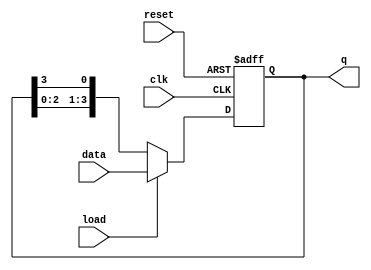
module LoadableRingCounter (
    input wire clk,       // Clock input
    input wire reset,     // Asynchronous reset
    input wire load,      // Load input
    input wire [n-1:0] data, // Data input for loading
    output reg [n-1:0] q   // Output state of the ring counter
);
    parameter n = 4; // Number of bits in the ring counter

    always @(posedge clk or posedge reset) begin
        if (reset) begin
            // On reset, initialize the counter
            q <= 1'b1; // Set the first flip-flop to '1'
            q[(n-1):1] <= 0; // Set the rest to '0'
        end else if (load) begin
            // On load, take the input data
            q <= data;
        end else begin
            // Shift the '1' bit to the right
            q <= {q[n-2:0], q[n-1]}; // Shift right circular
        end
    end
endmodule